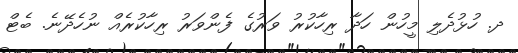
ދ. ހުޅުދެލި މީހުން ހަދާ ރިހާކުރު ވަރުގެ ފެންވަރު ރިހާކުރެއް ނުހެދޭނެ. ބެޓް